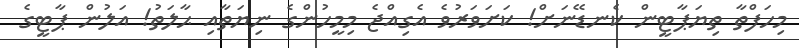
މިހަފްތާ ތިޔަޕާޓީން ކެނޑޭނަށް! ކަށަވަރުވެ އެގިއްޖެ މިމީހުންގެ ނިޔަތާއި ޙާލަތު! އަލުން ޕާޓީގެ